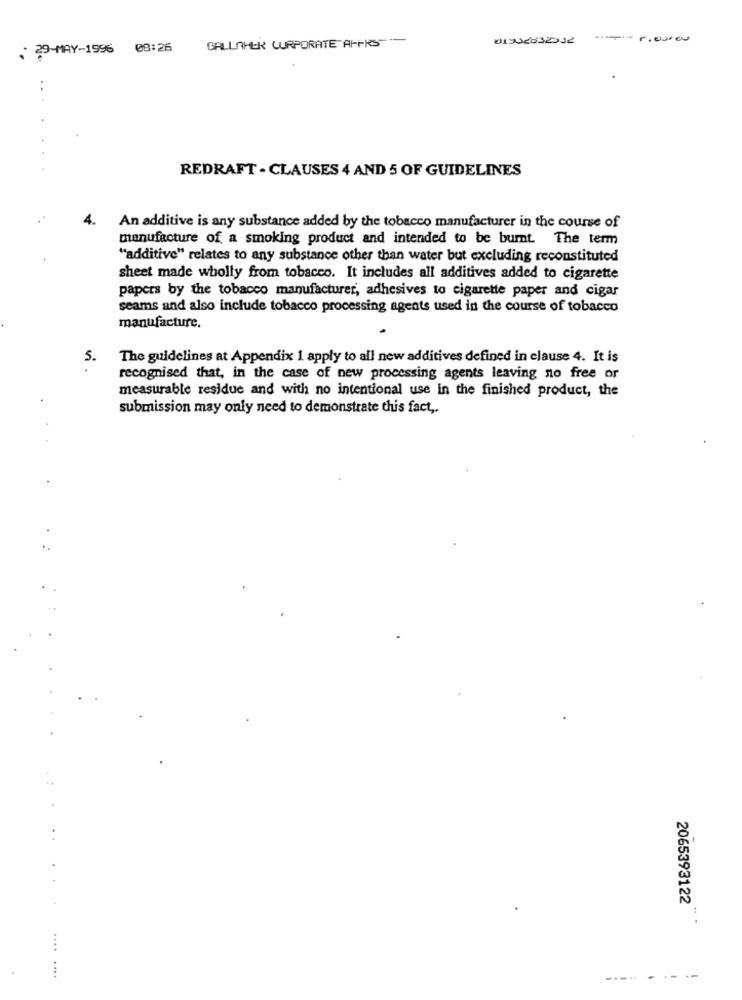
GALLAHER CORPORATE A-FRS-
. 29-MAY-1996 08:26
REDRAFT - CLAUSES 4 AND 5 OF GUIDELINES
An additive is any substance added by the tobacco manufacturer in the course of
manufacture of a smoking product and intended to be bumt The term
"additive" relates to any substance other than water but excluding reconstituted
sheet made wholly from tobacco. It includes all additives added to cigarette
papers by the tobacco manufacturer, adhesives to cigarette paper and cigar
seams and also include tobacco processing agents used in the course of tobacco
manufacture.
5.
The guidelines at Appendix 1 apply to all new additives defined in clause 4. It is
recognised that, in the case of new processing agents leaving no free or
measurable residue and with no intentional use in the finished product, the
submission may only need to demonstrate this fact ,.
2065393122
....
. .. .
----- -- --